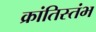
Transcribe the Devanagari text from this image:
क्रांतिस्तंभ